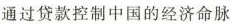
通过贷款控制中国的经济命脉